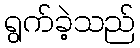
ရွက်ခဲ့သည်